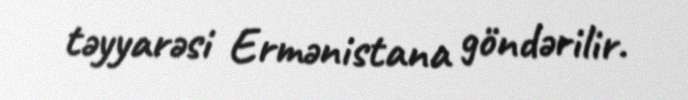
təyyаrəsi Еrmənistаna göndərilir.